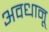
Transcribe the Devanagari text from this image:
अवधानू